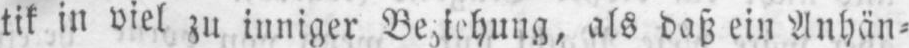
als daß ein Anhän⸗